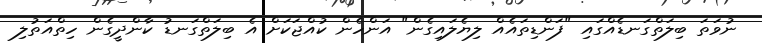
ނުވަތަ ބިލަތްގަނޑެއްގައި "ފަންޑިތައެއް ލިޔެލައިގެން" އަންހެން ކުއްޖަކަށް އެ ބިލަތްގަނޑު ކާންދީގެން ހިތްއަތުލި